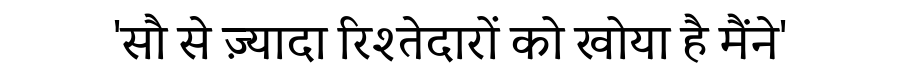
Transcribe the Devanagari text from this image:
'सौ से ज़्यादा रिश्तेदारों को खोया है मैंने'